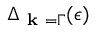
\Delta _ { \textbf { k } = \Gamma } ( \epsilon )